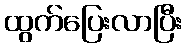
ထွက်ပြေးလာပြီး